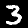
Digit: 3